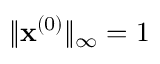
\| \mathbf { x } ^ { ( 0 ) } \| _ { \infty } = 1